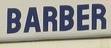
barber